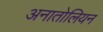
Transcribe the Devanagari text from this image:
अनातोलियन